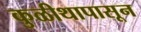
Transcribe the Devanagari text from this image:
कुळीथापासून